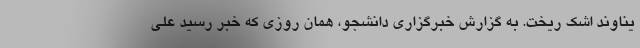
یناوند اشک ریخت. به گزارش خبرگزاری دانشجو، همان روزی که خبر رسید علی